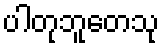
ပါတုဘူတေသု